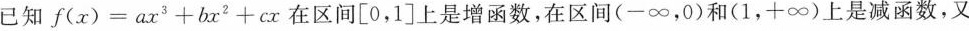
已知$$f ( x ) = a x ^ { 3 } + b x ^ { 2 } + c x$$在区间[0，1]上是增函数，在区间(-∞，0)和(1，+∞)上是减函数，又